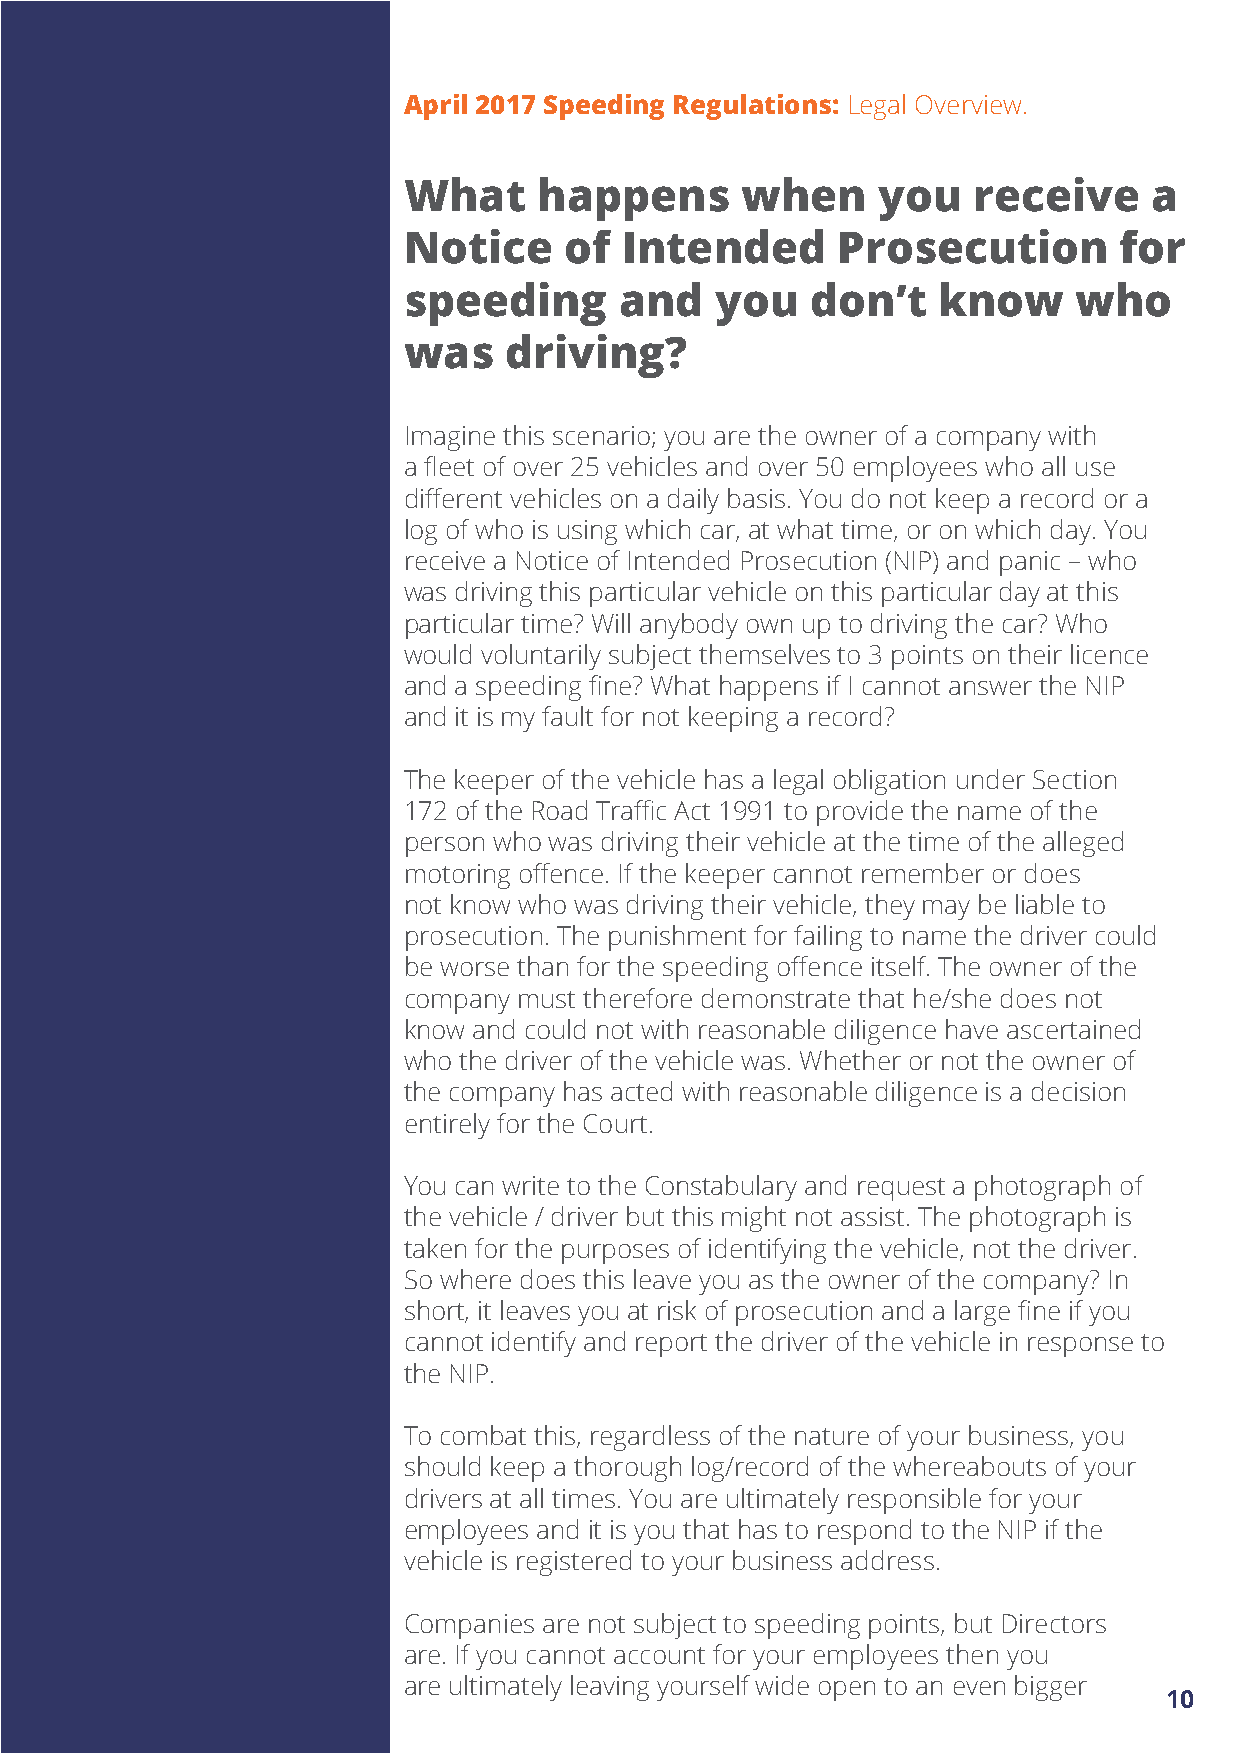
April 2017 Speeding Regulations: Legal Overview.
 What     happens      when     you   receive     a
 Notice    of  Intended      Prosecution        for
 speeding      and   you    don’t   know     who
 was   driving?
 Imagine this scenario; you are the owner of a company with
 a fleet of over 25 vehicles and over 50 employees who all use
 different vehicles on a daily basis. You do not keep a record or a
 log of who is using which car, at what time, or on which day. You
 receive a Notice of Intended Prosecution (NIP) and panic – who
 was driving this particular vehicle on this particular day at this
 particular time? Will anybody own up to driving the car? Who
 would voluntarily subject themselves to 3 points on their licence
 and a speeding fine? What happens if I cannot answer the NIP
 and it is my fault for not keeping a record?
 The keeper of the vehicle has a legal obligation under Section
 172 of the Road Traffic Act 1991 to provide the name of the
 person who was driving their vehicle at the time of the alleged
 motoring offence. If the keeper cannot remember or does
 not know who was driving their vehicle, they may be liable to
 prosecution. The punishment for failing to name the driver could
 be worse than for the speeding offence itself. The owner of the
 company must therefore demonstrate that he/she does not
 know and could not with reasonable diligence have ascertained
 who the driver of the vehicle was. Whether or not the owner of
 the company has acted with reasonable diligence is a decision
 entirely for the Court.
 You can write to the Constabulary and request a photograph of
 the vehicle / driver but this might not assist. The photograph is
 taken for the purposes of identifying the vehicle, not the driver.
 So where does this leave you as the owner of the company? In
 short, it leaves you at risk of prosecution and a large fine if you
 cannot identify and report the driver of the vehicle in response to
 the NIP.
 To combat this, regardless of the nature of your business, you
 should keep a thorough log/record of the whereabouts of your
 drivers at all times. You are ultimately responsible for your
 employees and it is you that has to respond to the NIP if the
 vehicle is registered to your business address.
 Companies are not subject to speeding points, but Directors
 are. If you cannot account for your employees then you
 are ultimately leaving yourself wide open to an even bigger
 10